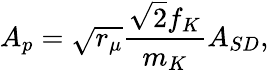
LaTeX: A_{p}=\sqrt{r_{\mu}}\frac{\sqrt{2}f_{K}}{m_{K}}A_{SD},